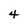
Character: 4